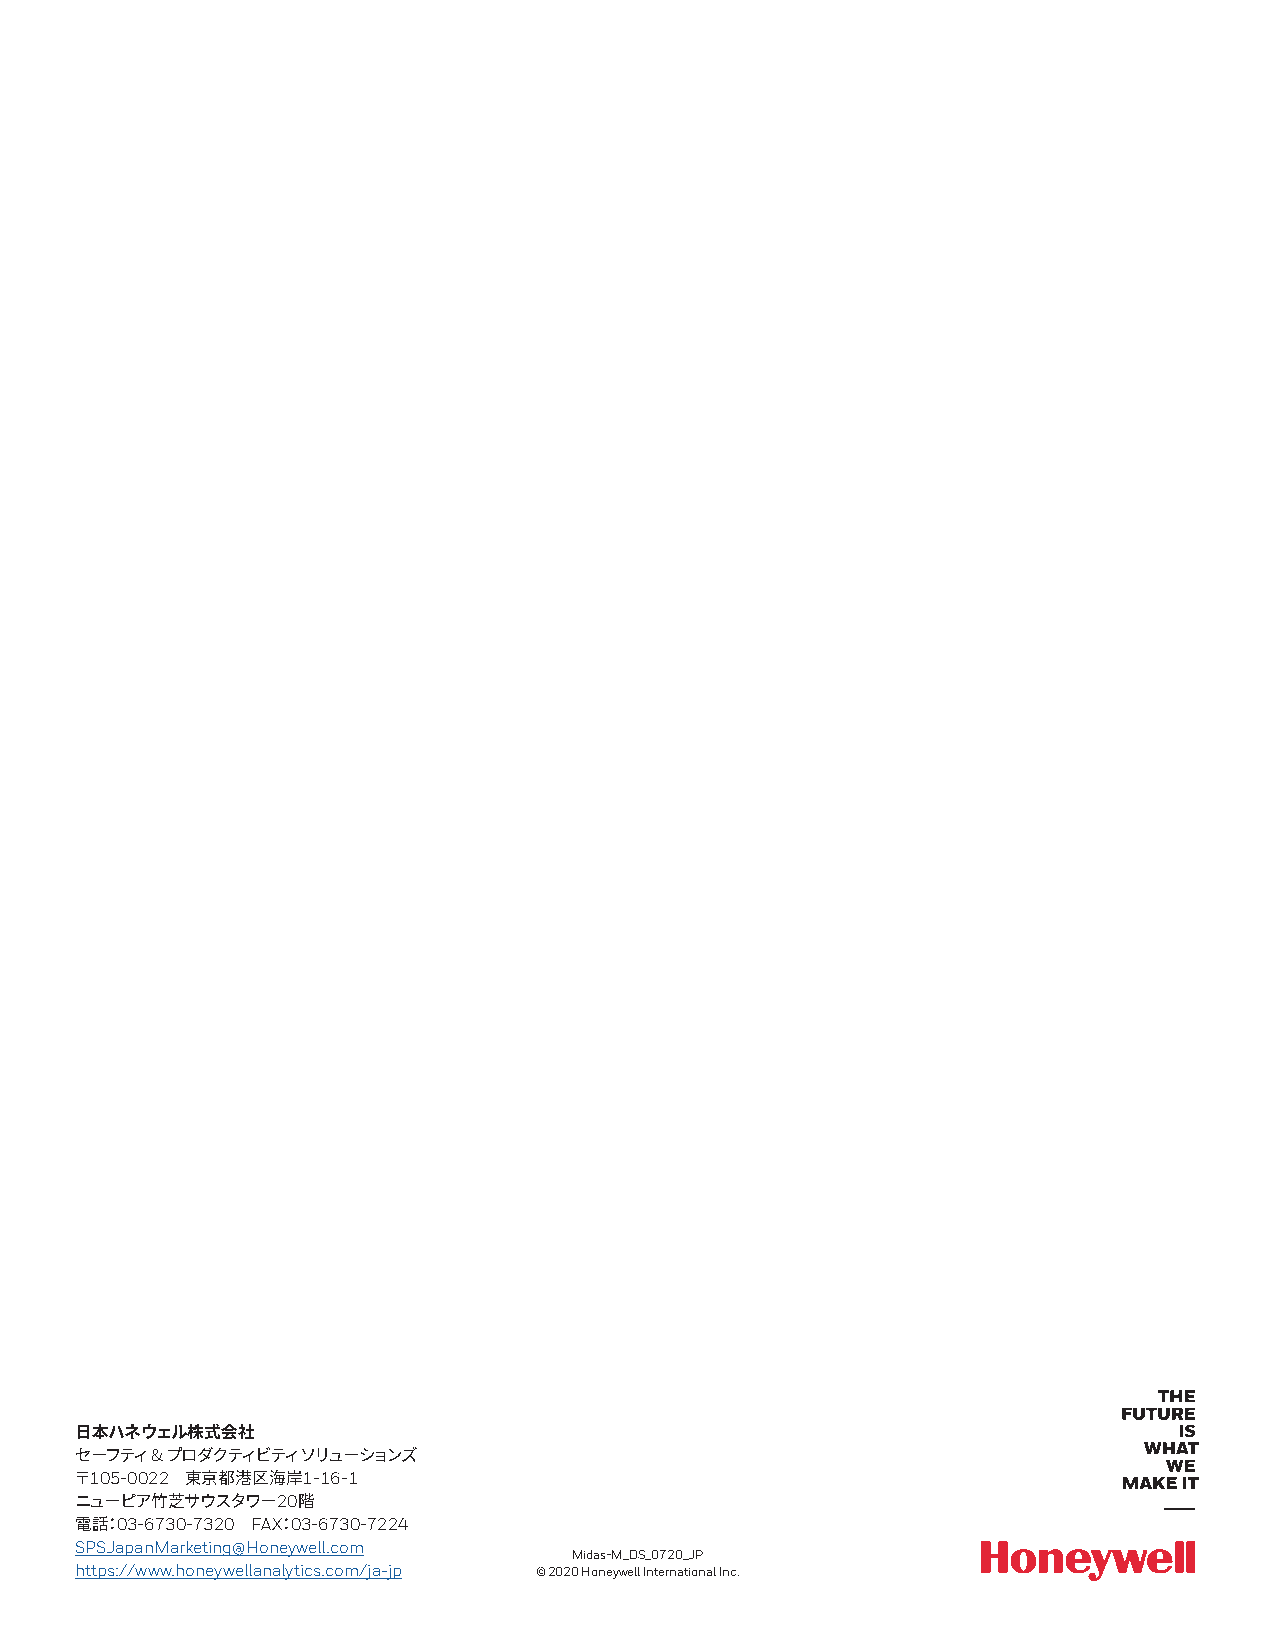
日本ハネウェル株式会社
 &
 セーフティ プロダクティビティソリューションズ
 105-0022      1-16-1
 〒      東京都港区海岸
 20
 ニューピア竹芝サウスタワー  階
 03-6730-7320 FAX03-6730-7224
 電話：          ：
 SPSJapanMarketing@Honeywell.com
 Midas-M_DS_0720_JP
 https://www.honeywellanalytics.com/ja-jp © 2020 Honeywell International Inc.